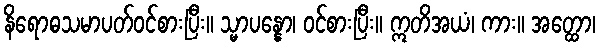
နိရောဓသမာပတ်ဝင်စားပြီး။ သ္မာပန္နော၊ ဝင်စားပြီး။ ဣတိအယံ၊ ကား။ အတ္ထော၊